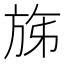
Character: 𣃩